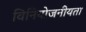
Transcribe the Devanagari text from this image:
विनियोजनीयता